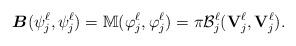
LaTeX: \begin{align*}\boldsymbol{B}(\psi_j^\ell, \psi_j^\ell)={\mathbb M}(\varphi_j^\ell,\varphi_j^\ell)=\pi \mathcal{B}_j^\ell({\mathbf V}_{j}^\ell,{\mathbf V}_{j}^\ell).\end{align*}